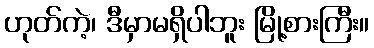
ဟုတ်ကဲ့၊ ဒီမှာမရှိပါဘူး မြို့စားကြီး။